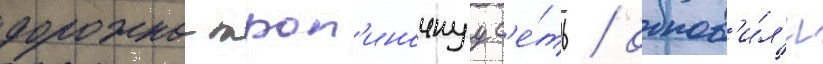
дорожно-троп'иночнуу с'е́ть / обнов'и́л'и